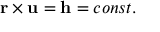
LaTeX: \mathbf { r } \times \mathbf { u } = \mathbf { h } = c o n s t .